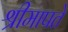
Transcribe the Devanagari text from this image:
श्रीमापते